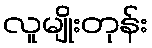
လူမျိုးတုန်း